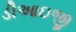
ડીઆઇજી